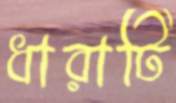
ধারাটি